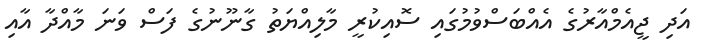
އަދި ޖީއެމްއާރުގެ އެއްބަސްވުމުގައި ސޮއިކުރީ މާލިއްޔަތު ގާނޫނުގެ ފަސް ވަނަ މާއްދާ އާއި